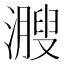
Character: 㵻